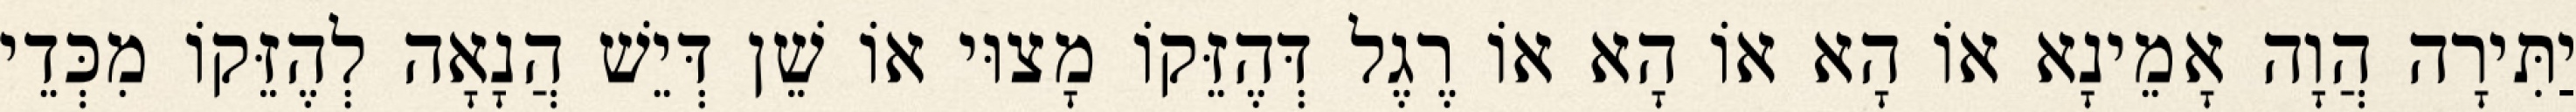
יַתִּירָה הֲוָה אָמֵינָא אוֹ הָא אוֹ הָא אוֹ רֶגֶל דְּהֶזֵּקוֹ מָצוּי אוֹ שֵׁן דְּיֵשׁ הֲנָאָה לְהֶזֵּקוֹ מִכְּדֵי